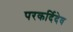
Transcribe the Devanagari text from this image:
परकर्दिदेव